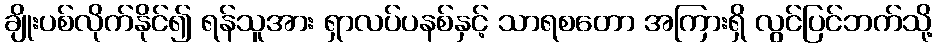
ချိုးပစ်လိုက်နိုင်၍ ရန်သူအား ရှာလပ်ပနစ်နှင့် သာရစတော အကြားရှိ လွင်ပြင်ဘက်သို့